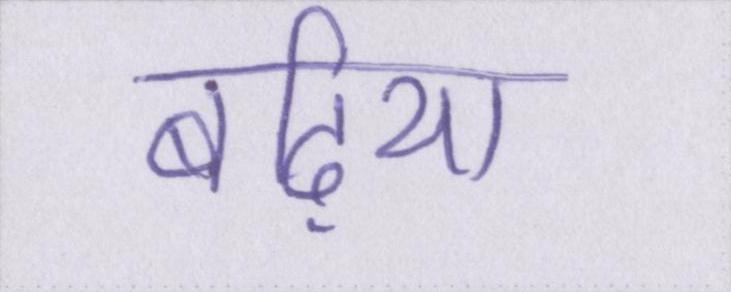
बढ़िया